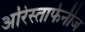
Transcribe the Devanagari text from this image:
अरिस्ताफेनीज